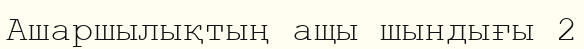
Ашаршылықтың ащы шындығы 2